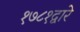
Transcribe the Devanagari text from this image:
१७८१द्वारे